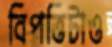
বিপত্তিটাও